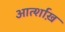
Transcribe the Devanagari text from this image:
आर्त्शाख़